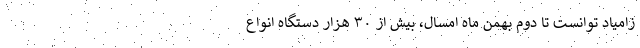
زامیاد توانست تا دوم بهمن ماه امسال، بیش از ۳۰ هزار دستگاه انواع